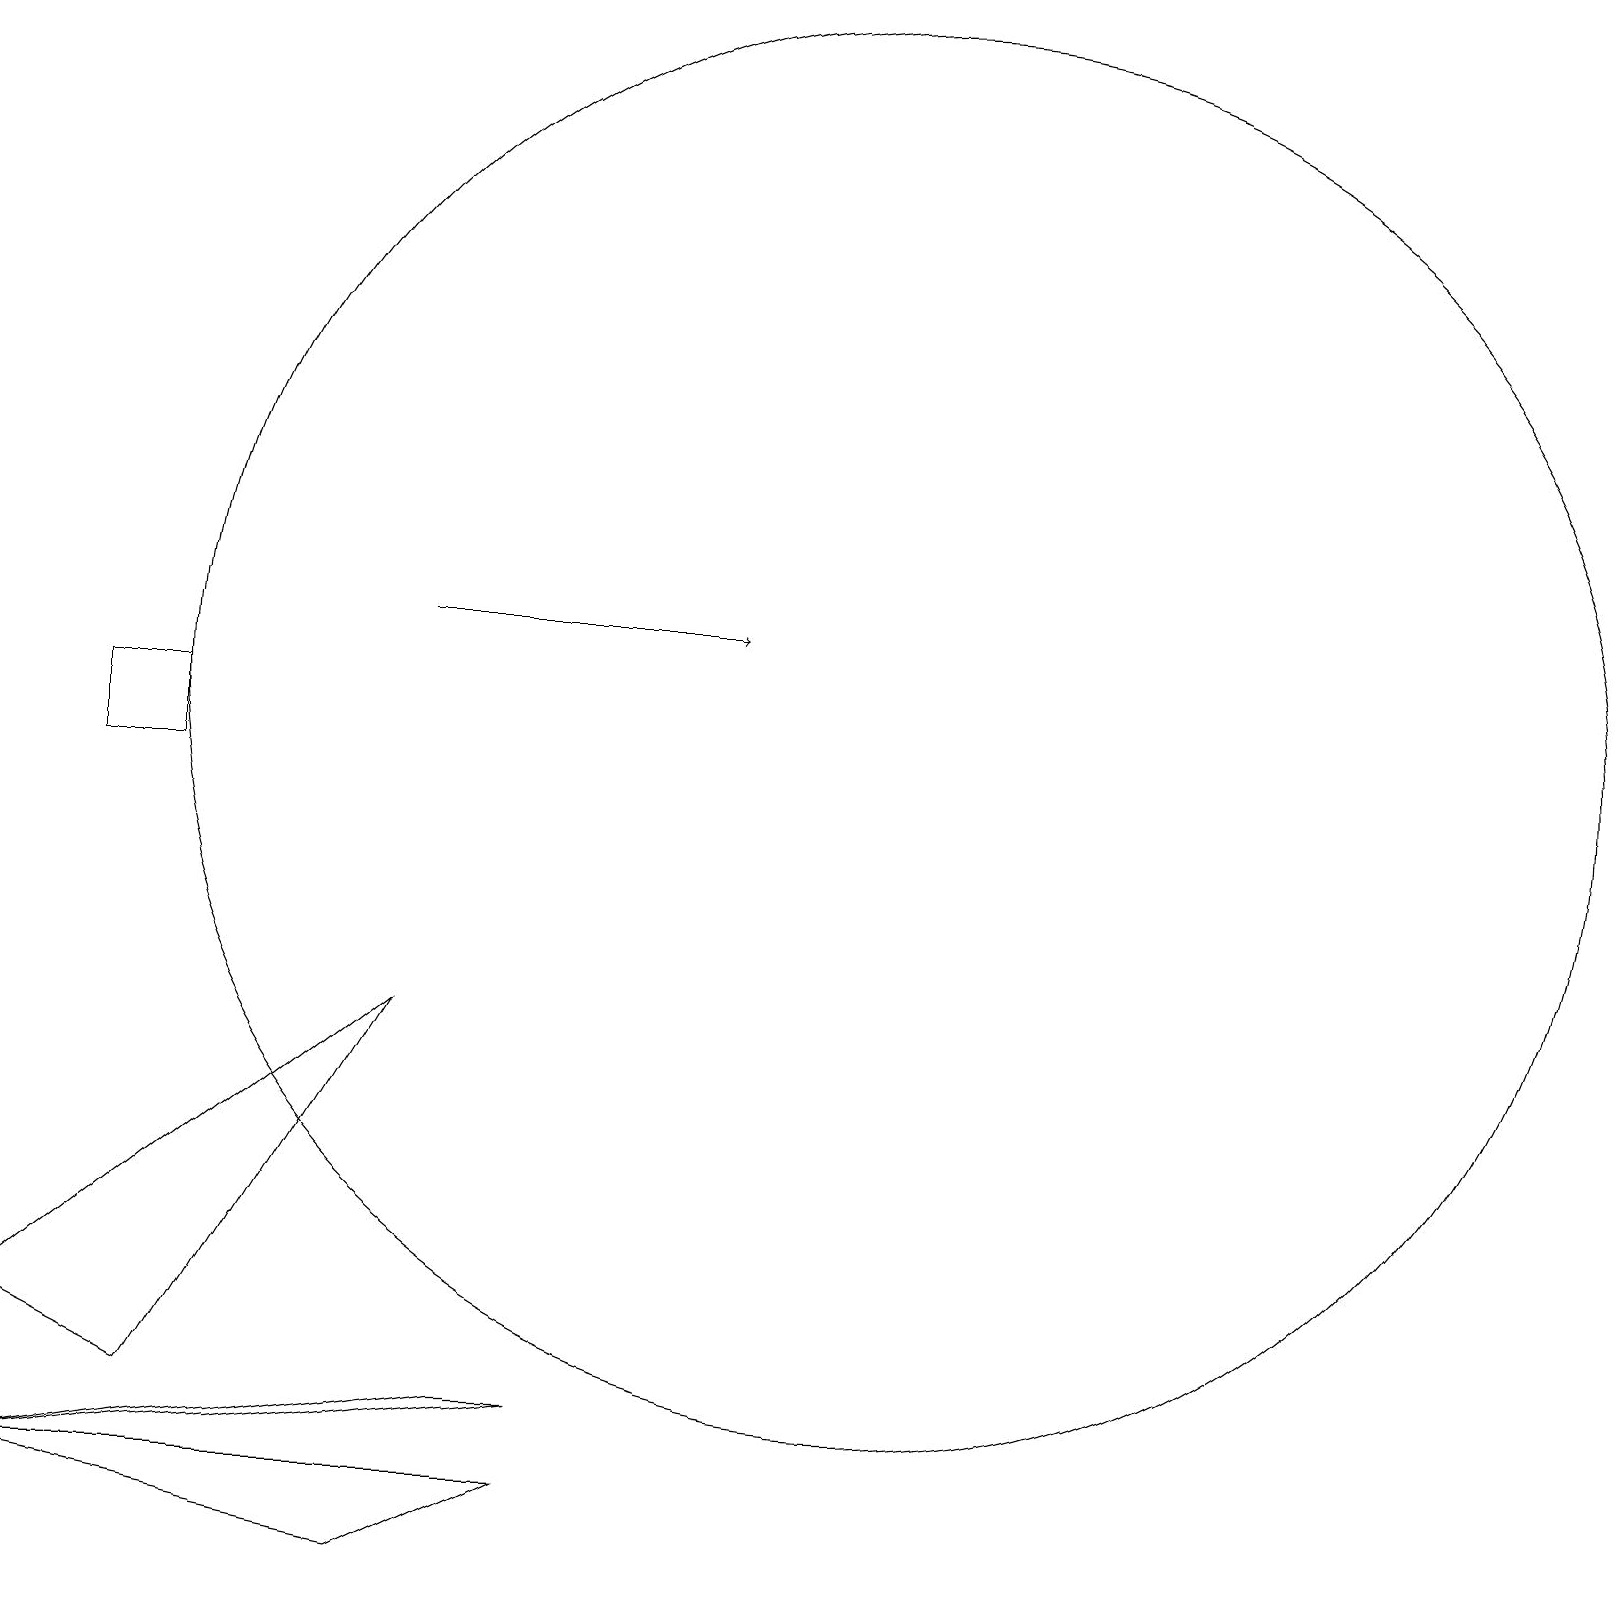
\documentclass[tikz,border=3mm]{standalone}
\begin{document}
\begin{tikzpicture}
\draw (6,3) -- (7,3) -- (0,2) -- cycle;
\draw (0,2) -- (7,2) -- (5,1) -- cycle;
\draw (11,12) circle (9);
\draw (2,12) rectangle (1,11);
\draw[->] (5,13) -- (9,13);
\draw (5,8) -- (2,3) -- (0,4) -- cycle;
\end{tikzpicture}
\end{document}